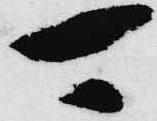
可